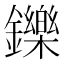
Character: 鑠